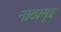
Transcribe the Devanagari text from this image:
नाट्यसूत्र